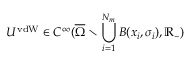
U ^ { \mathrm { v d W } } \in C ^ { \infty } ( \overline { { \Omega } } \setminus \bigcup _ { i = 1 } ^ { N _ { m } } B ( x _ { i } , \sigma _ { i } ) , \mathbb { R } _ { - } )